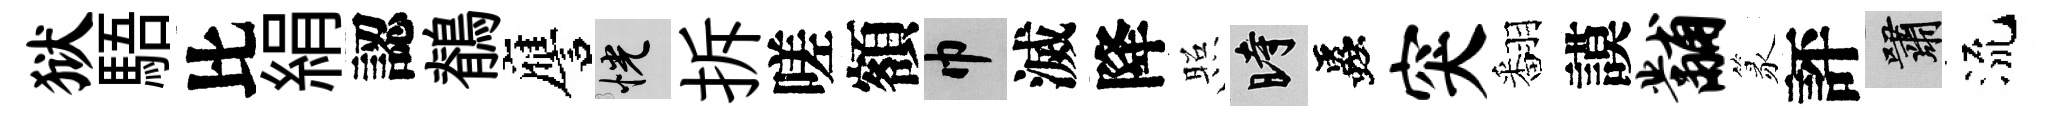
狱䮏比絹認鶺譍恍拆嗟額巾滅降照时蟲突翻謨黼篆評嘯流